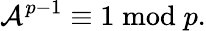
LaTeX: \mathcal{A}^{p-1}\equiv1{\bmod{p}}.